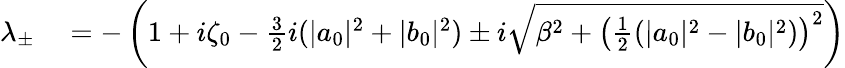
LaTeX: \begin{array}{rl}{\lambda_{\pm}}&{{}=-\left(1+i\zeta_{0}-\frac{3}{2}i(|a_{0}|^{2}+|b_{0}|^{2})\pm i\sqrt{\beta^{2}+\left(\frac{1}{2}(|a_{0}|^{2}-|b_{0}|^{2})\right)^{2}}\right)}\end{array}